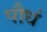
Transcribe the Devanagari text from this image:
पौधं